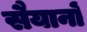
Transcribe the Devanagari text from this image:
सैयानों